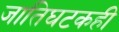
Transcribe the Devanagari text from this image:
जातिघटकही